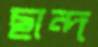
ছান্দ